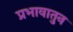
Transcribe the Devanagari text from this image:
प्रभावातुन